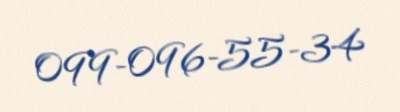
099-096-55-34